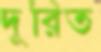
দূরিত